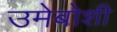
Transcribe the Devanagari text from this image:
उमेबोशी